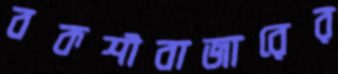
বকশীবাজারের